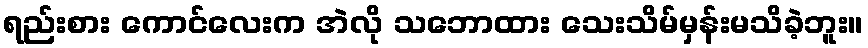
ရည်းစား ကောင်လေးက အဲလို သဘောထား သေးသိမ်မှန်းမသိခဲ့ဘူး။